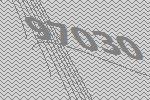
97030